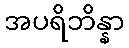
အပရိဘိန္နာ